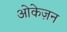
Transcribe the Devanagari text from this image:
ओकेज़न